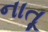
નાતૂ